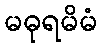
မဓုရမိမံ